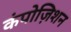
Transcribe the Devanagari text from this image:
कंपोज़िशन